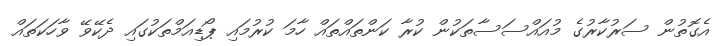
އެގޮތުން ސަރުކާރުގެ މުއައްސަސާތަކުން ކުރާ ކަންތައްތައް ހާމަ ކުރުމައި ޕޯޑިއަމްތަކުގައި ދެކޭވޭ ވާހަކަތައް